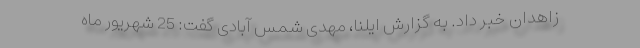
زاهدان خبر داد. به گزارش ایلنا، مهدی شمس آبادی گفت: 25 شهریور ماه